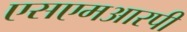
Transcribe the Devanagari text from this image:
एसएमआरपी